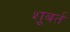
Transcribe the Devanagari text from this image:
शूबर्त